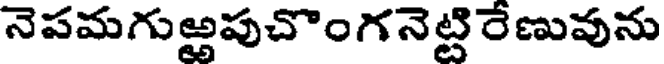
నెపమగుఱ్ఱపుచొంగనెట్టి రేణువును